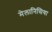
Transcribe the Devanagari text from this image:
मेलानिसिया